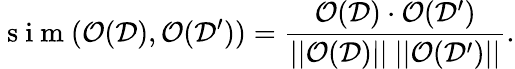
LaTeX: \mathrm{~s~i~m~}(\mathcal{O}(\mathcal{D}),\mathcal{O}(\mathcal{D^{\prime}}))=\frac{\mathcal{O}(\mathcal{D})\cdot\mathcal{O}(\mathcal{D^{\prime}})}{||\mathcal{O}(\mathcal{D})||~||\mathcal{O}(\mathcal{D^{\prime}})||}.